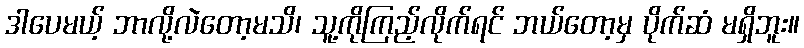
ဒါပေမယ့် ဘာလို့လဲတော့မသိ၊ သူ့ကိုကြည့်လိုက်ရင် ဘယ်တော့မှ ပိုက်ဆံ မရှိဘူး။